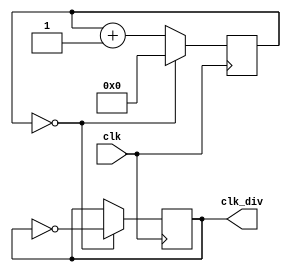
module clock_div #(
    parameter NewT = 1
  )(
    input clk,
    output clk_div
  );
  reg [32:0]cnt;
  reg clk_divv;
  initial
  begin
    cnt=32'b0;
    clk_divv=0;
  end
  always @(posedge clk)
  begin
    if(cnt == NewT-1)begin
        cnt<=0;
        clk_divv<=~clk_divv;
    end
    else begin
        cnt<=cnt+1'b1;
        clk_divv<=clk_divv;   //avoid generating latches
    end
  end

  assign clk_div = clk_divv;
endmodule